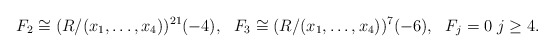
\begin{align*}F_2 \cong (R/(x_1,\dots,x_4))^{21} (-4), \ \ F_3 \cong (R/(x_1,\dots,x_4))^{7} (-6), \ \ F_j = 0 \; j \ge 4. \end{align*}